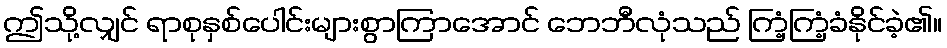
ဤသို့လျှင် ရာစုနှစ်ပေါင်းများစွာကြာအောင် ဘေဘီလုံသည် ကြံ့ကြံ့ခံနိုင်ခဲ့၏။